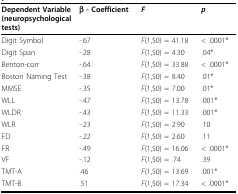
<table><thead><tr><td><b>Dependent Variable (neuropsychological tests)</b></td><td><b>β - Coefficient</b></td><td><b><i>F</i></b></td><td><b><i>p</i></b></td></tr></thead><tbody><tr><td>Digit Symbol</td><td>-.67</td><td><i>F</i>(1,50) = 41.18</td><td>&lt; .0001*</td></tr><tr><td>Digit Span</td><td>-.28</td><td><i>F</i>(1,50) = 4.30</td><td>.04*</td></tr><tr><td>Benton-corr</td><td>-.64</td><td><i>F</i>(1,50) = 33.88</td><td>&lt; .0001*</td></tr><tr><td>Boston Naming Test</td><td>-.38</td><td><i>F</i>(1,50) = 8.40</td><td>.01*</td></tr><tr><td>MMSE</td><td>-.35</td><td><i>F</i>(1,50) = 7.00</td><td>.01*</td></tr><tr><td>WLL</td><td>-.47</td><td><i>F</i>(1,50) = 13.78</td><td>.001*</td></tr><tr><td>WLDR</td><td>-.43</td><td><i>F</i>(1,50) = 11.33</td><td>.001*</td></tr><tr><td>WLR</td><td>-.23</td><td><i>F</i>(1,50) = 2.90</td><td>.10</td></tr><tr><td>FD</td><td>-.22</td><td><i>F</i>(1,50) = 2.60</td><td>.11</td></tr><tr><td>FR</td><td>-.49</td><td><i>F</i>(1,50) = 16.06</td><td>&lt; .0001*</td></tr><tr><td>VF</td><td>-.12</td><td><i>F</i>(1,50) = .74</td><td>.39</td></tr><tr><td>TMT-A</td><td>.46</td><td><i>F</i>(1,50) = 13.69</td><td>.001*</td></tr><tr><td>TMT-B</td><td>.51</td><td><i>F</i>(1,50) = 17.34</td><td>&lt; .0001*</td></tr></tbody></table>